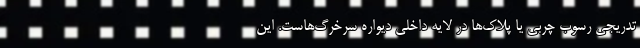
تدریجی رسوب چربی یا پلاک‌ها در لایه داخلی دیواره سرخرگ‌هاست. این